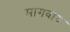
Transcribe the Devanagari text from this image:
मागवाय